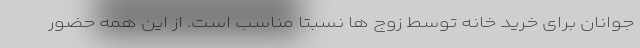
جوانان برای خرید خانه توسط زوج ها نسبتاً مناسب است. از این همه حضور